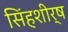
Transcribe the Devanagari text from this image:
सिंहशीर्ष